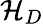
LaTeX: \mathcal{H}_{D}